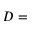
D =